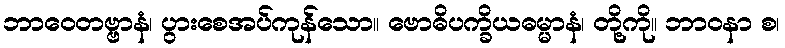
ဘာဝေတဗ္ဗာနံ၊ ပွားစေအပ်ကုန်သော။ ဗောဓိပက္ခိယဓမ္မာနံ၊ တို့ကို။ ဘာဝနာ စ၊